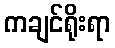
ကချင်ရိုးရာ